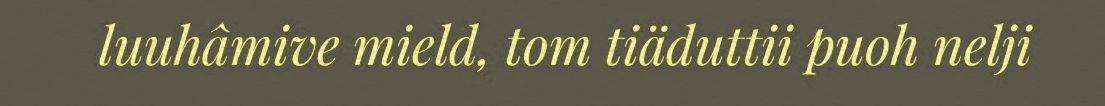
luuhâmive mield, tom tiäduttii puoh nelji